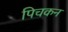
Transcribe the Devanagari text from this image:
पिचकन